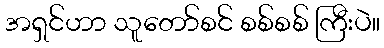
အရှင်ဟာ သူတော်စင် စစ်စစ် ကြီးပဲ။